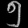
Digit: ၅